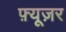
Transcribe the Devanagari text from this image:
फ़्यूज़र